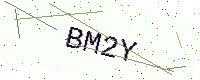
Text: BM2Y